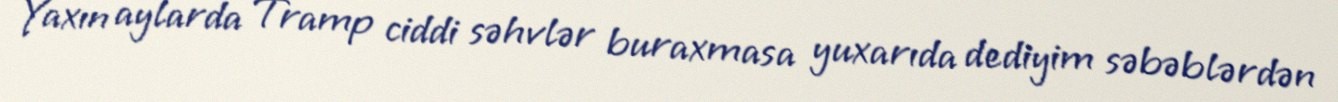
Yaxın aylarda Tramp ciddi səhvlər buraxmasa yuxarıda dediyim səbəblərdən